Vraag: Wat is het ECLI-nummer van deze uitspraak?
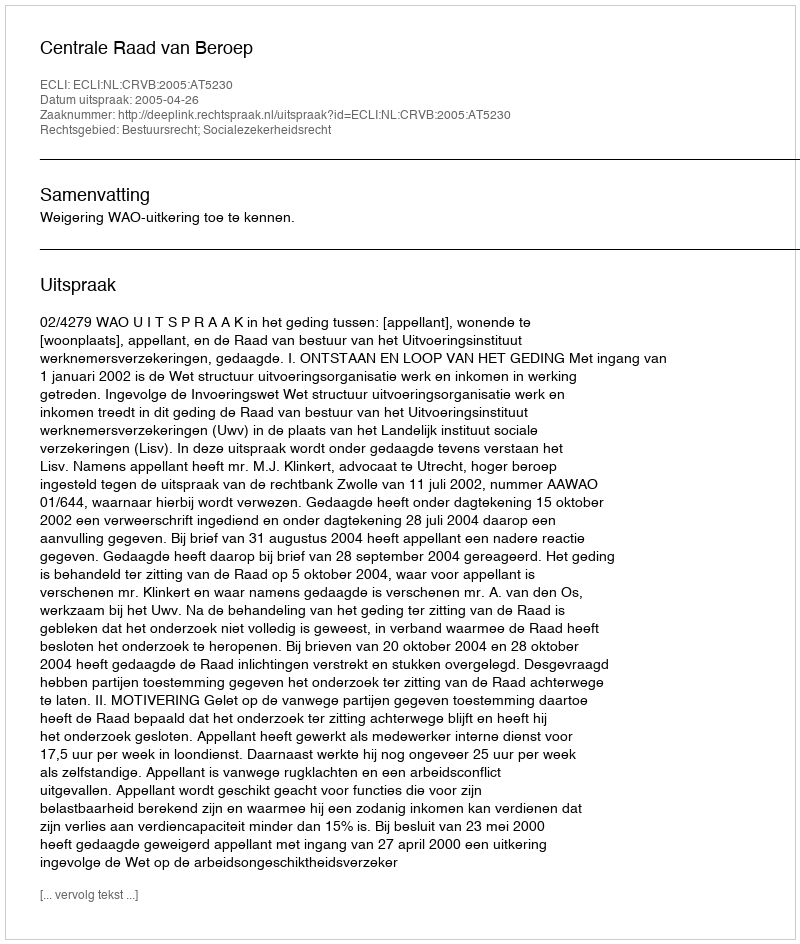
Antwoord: ECLI:NL:CRVB:2005:AT5230